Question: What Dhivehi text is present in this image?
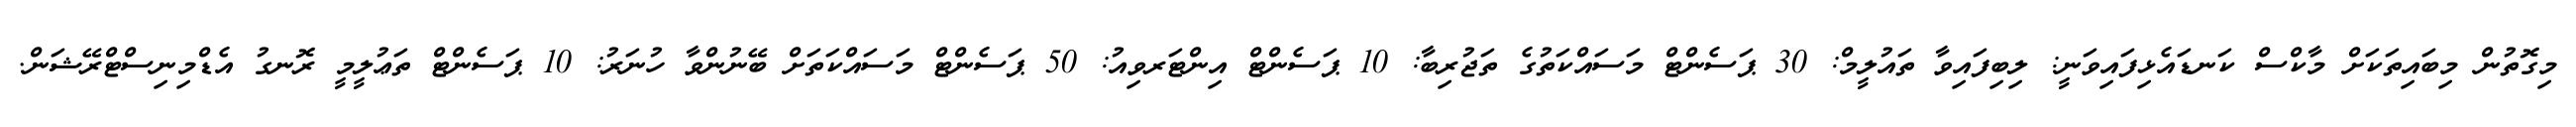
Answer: މިގޮތުން މިބައިތަކަށް މާކްސް ކަނޑައެޅިފައިވަނީ: ލިބިފައިވާ ތައުލީމް: 30 ޕަސެންޓް މަސައްކަތުގެ ތަޖުރިބާ: 10 ޕަސެންޓް އިންޓަރވިއު: 50 ޕަސެންޓް މަސައްކަތަށް ބޭނުންވާ ހުނަރު: 10 ޕަސެންޓް ތަޢުލީމީ ރޮނގު އެޑްމިނިސްޓްރޭޝަން.